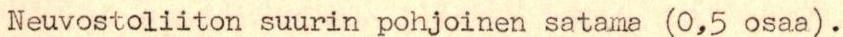
Neuvostoliiton suurin pohjoinen satama (0,5 osaa).